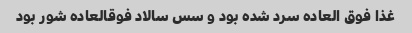
غذا فوق العاده سرد شده بود و سس سالاد فوقالعاده شور بود